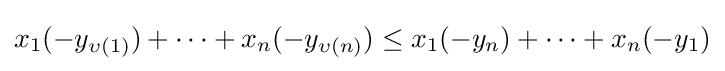
{\textstyle x_{1}(-y_{\upsilon (1)})+\cdots +x_{n}(-y_{\upsilon (n)})\leq x_{1}(-y_{n})+\cdots +x_{n}(-y_{1})}